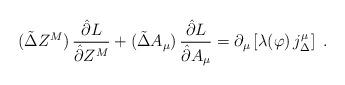
LaTeX: \begin{align*}(\tilde\Delta Z^M)\,\frac{\hat\partial L}{\hat\partial Z^M}+(\tilde\Delta A_\mu)\,\frac{\hat\partial L}{\hat\partial A_\mu}=\partial_\mu \left[\lambda(\varphi)\, j^\mu_\Delta\right]\ .\end{align*}